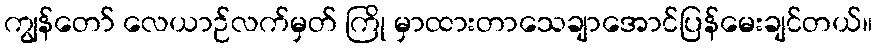
ကျွန်တော် လေယာဉ်လက်မှတ် ကြို မှာထားတာသေချာအောင်ပြန်မေးချင်တယ်။